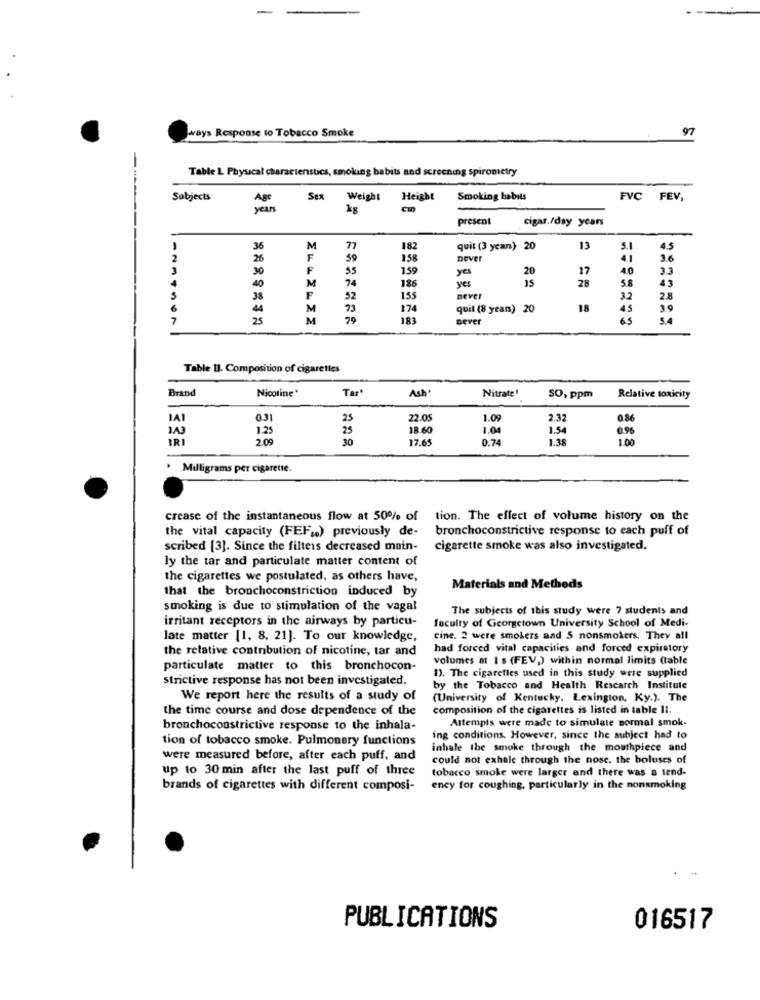
ways Response to Tobacco Smoke
97
Table L Physical characterstics, smoking babits and screening spirometry
Subjects
Age
Sex Weight
Height
Smoking habits
FVC FEV,
years
present
cigar./day years
36
M
77
182
quit (3 ycan) 20
13
3.1
4.5
26
F
59
158
Dever
41
3.6
30
F
55
159
yes
20
17
40
186
yes
15
28
5.8
40
M
74
43
38
52
155
DEVER
3.2
2.8
M
73
174
quil (8 years) 20
18
45
3.9
25
M
20
183
never
65
5.4
Table 11. Composition of cigarettes
Brand
Nicotine"
Tar
Ash'
Nitrate1
SO, ppm
Relative toxicity
IAI
25
22.05
1.09
2.32
036
1A3
1.23
18.60
1.04
1.54
IRI
2.09
30
17.65
0.74
1.38
100
· Milligrams per cigarette.
crease of the instantaneous flow at 50% of
tion. The effect of volume history on the
the vital capacity (FEF .. ) previously de-
bronchoconstrictive response to each puff of
scribed [3]. Since the filters decreased main-
cigarette smoke was also investigated.
ly the tar and particulate matter content of
the cigarettes we postulated, as others have,
that the bronchoconstriction induced by
Materials and Methods
smoking is due to stimulation of the vagal
The subjects of this study were 7 students and
irritant receptors in the airways by particu-
faculty of Georgetown University School of Medi-
late matter [1, 8, 21]. To our knowledge,
cine. 2 were smokers and 5 nonsmokers. They all
the relative contribution of nicotine, tar and
had forced vital capacities and forced expiratory
volumes at 1 $ (FEV,) within normal limits @table
particulate matter to this bronchocon-
strictive response has not been investigated.
1). The cigaretles used in this study were supplied
by the Tobacco and Health Research Institute
We report here the results of a study of
(University of Kentucky, Lexington, Ky.). The
the time course and dose dependence of the
composition of the cigarettes is listed in table Il.
Attempts were made to simulate normal smok-
bronchoconstrictive response to the inhala-
tion of tobacco smoke. Pulmonary functions
ing conditions. However, since the subject had to
inhale the smoke through the mouthpiece and
were measured before, after each puff, and
could not exhale through the nose. the boluses of
up to 30 min after the last puff of three
tobacco smoke were larger and there was a tend-
brands of cigarettes with different composi-
ency for coughing, particularly in the nonsmoking
PUBLICATIONS
016517